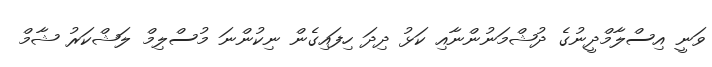
ވަނީ އިސްލާމްދީނުގެ ދުޝްމަނުންނާއި ކަޅު ދިދަ ހިފައިގެން ނިކުންނަ މުސްލިމް ލަޝްކަރު ޝާމް